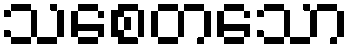
သစေတသော